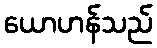
ယောဟန်သည်